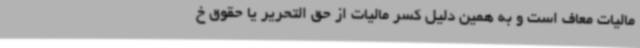
مالیات معاف است و به همین دلیل کسر مالیات از حق التحریر یا حقوق خ